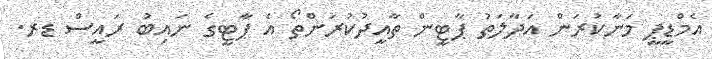
އެމްޑީޕީ މަނާކުރަން އަދާލަތު ޕާޓީން ތާއީދުކުރަންތޯ އެ ޕާޓީގެ ނައިބު ރައީސް ޑރ.